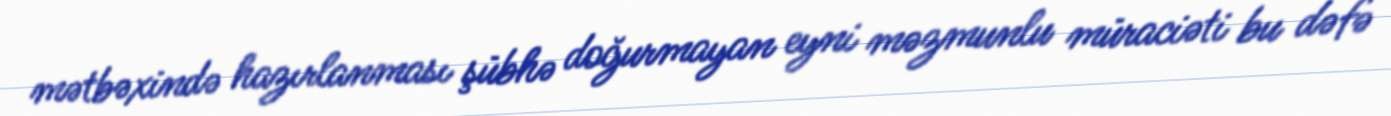
mətbəxində hazırlanması şübhə doğurmayan eyni məzmunlu müraciəti bu dəfə